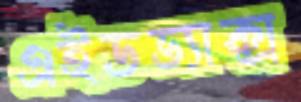
এইডভ্যাক্স